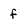
Character: f